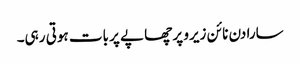
سارا دن نا ئن زیرو پر چھاپے پر بات ہوتی رہی۔